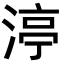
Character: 渟